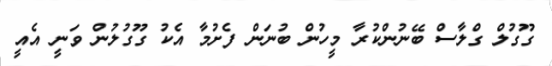
ގޫގުލް ގްލާސް ބޭނުންކުރާ މީހުން ބުނަން ފެށުމާ އެކު ގޫގުލުން ވަނީ އެއީ